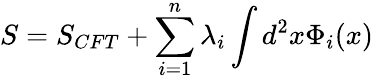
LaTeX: S=S_{CFT}+\sum_{i=1}^{n}\lambda_{i}\int d^{2}x\Phi_{i}(x)